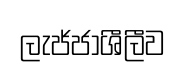
ලැජ්ජාශීලීව